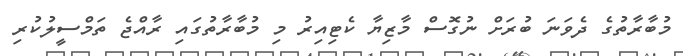
މުބާރާތުގެ ދެވަނަ ބުރަށް ނުގޮސް މާޒިޔާ ކެޓިއިރު މި މުބާރާތުގައި ރާއްޖެ ތަމްސީލުކުރި